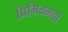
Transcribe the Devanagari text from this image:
प्रिमियमची